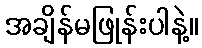
အချိန်မဖြုန်းပါနဲ့။